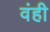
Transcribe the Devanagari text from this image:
वंही